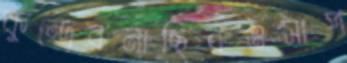
কুন্দ্রেরনাছিরওসাপ